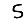
Digit: 5